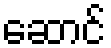
ဆောင်